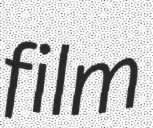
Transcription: film